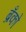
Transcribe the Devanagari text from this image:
ब्रँको